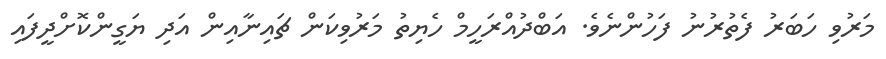
މަރުވި ހަބަރު ފެތުރުނު ފަހުންނެވެ. އަބްދުއްރަހީމް ހެޔިތު މަރުވިކަން ޗައިނާއިން އަދި ޔަގީންކޮށްދީފައި